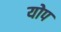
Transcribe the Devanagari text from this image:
योप